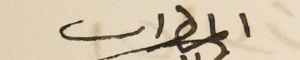
المطران